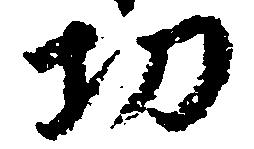
功